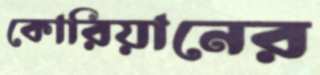
কোরিয়ানের